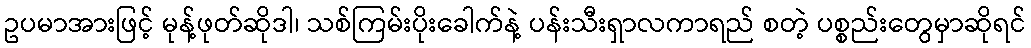
ဥပမာအားဖြင့် မုန့်ဖုတ်ဆိုဒါ၊ သစ်ကြမ်းပိုးခေါက်နဲ့ ပန်းသီးရှာလကာရည် စတဲ့ ပစ္စည်းတွေမှာဆိုရင်